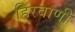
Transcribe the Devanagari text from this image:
हिरवाणी